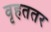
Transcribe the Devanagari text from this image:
वृहततर